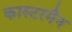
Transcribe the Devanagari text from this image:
कास्टरमैन